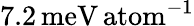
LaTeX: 7.2\, \mathrm{meV\, atom}^{-1}